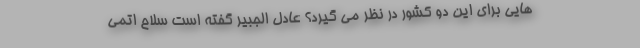
هایی برای این دو کشور در نظر می گیرد؟ عادل الجبیر گفته است سلاح اتمی